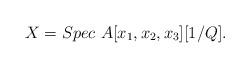
LaTeX: \begin{align*} X=Spec\ A[x_1,x_2,x_3][1/Q].\end{align*}